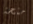
منحة